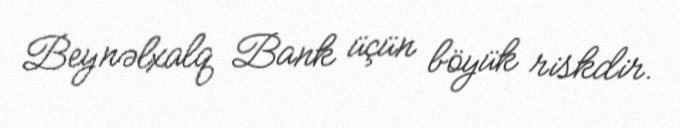
Beynəlxalq Bank üçün böyük riskdir.